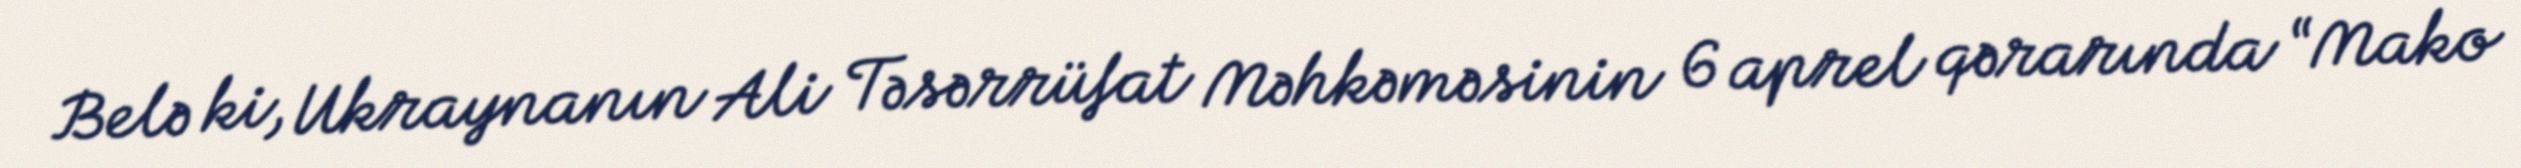
Belə ki, Ukraynanın Ali Təsərrüfat Məhkəməsinin 6 aprel qərarında “Mako